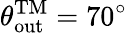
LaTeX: \theta_{\mathrm{out}}^{\mathrm{TM}}=70^{\circ}